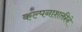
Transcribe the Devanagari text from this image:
कल्पनाशक्तीने